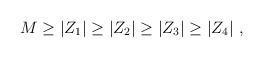
LaTeX: \begin{align*}M\geq |Z_1|\geq |Z_2|\geq |Z_3|\geq |Z_4|~,\end{align*}